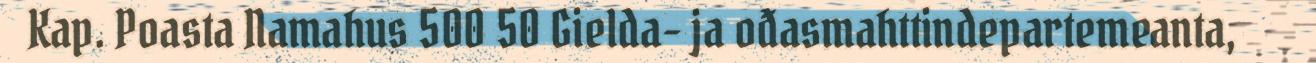
Kap. Poasta Namahus 500 50 Gielda- ja ođasmahttindepartemeanta,